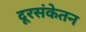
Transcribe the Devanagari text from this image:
दूरसंकेतन